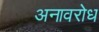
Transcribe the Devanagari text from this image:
अनावरोध